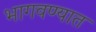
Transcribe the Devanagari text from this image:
भागवण्यात